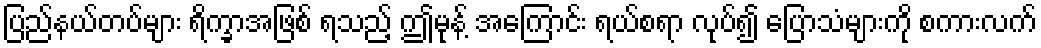
ပြည်နယ်တပ်များ ရိက္ခာအဖြစ် ရသည့် ဤမုန့် အကြောင်း ရယ်စရာ လုပ်၍ ပြောသံများကို စကားလက်